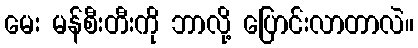
မေး မန်စီးတီးကို ဘာလို့ ပြောင်းလာတာလဲ။